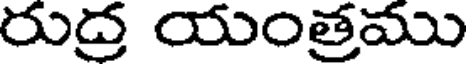
రుద్ర యంత్రము